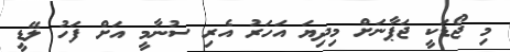
މި ޖޯޑަކީ ޖަޕާނަށް މިދިޔަ އަހަރު އެރި ސުނާމީ އަށް ފަހު ލޭޑީ